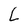
Character: L